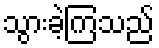
သွားခဲ့ကြသည်